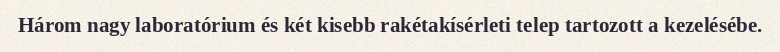
Három nagy laboratórium és két kisebb rakétakísérleti telep tartozott a kezelésébe.